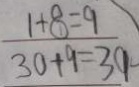
\frac { 1 + 8 = 9 } { 3 0 + 9 = 3 9 }